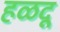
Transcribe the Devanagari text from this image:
हळदू